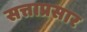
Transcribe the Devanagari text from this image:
सत्ताप्रसार